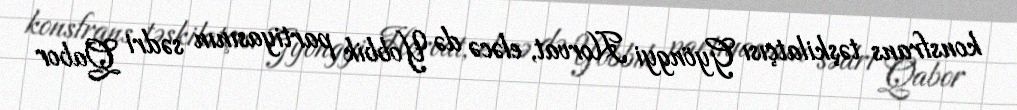
konsfrans təşkilatçısı Gyöngyi Horvat, eləcə də Yobbik partiyasının sədri Qabor